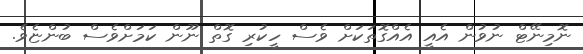
ނޮމިނޭޓް ނުވުން އެއީ އެއްގޮތަކަށް ވެސް ހީކުރި ގޮތް ނޫން ކަމަށްވެސް ބުންޏެވެ.